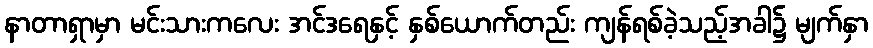
နာတာရှာမှာ မင်းသားကလေး အင်ဒရေနှင့် နှစ်ယောက်တည်း ကျန်ရစ်ခဲ့သည့်အခါ၌ မျက်နှာ